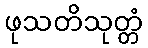
ဖုသတိသုတ္တံ